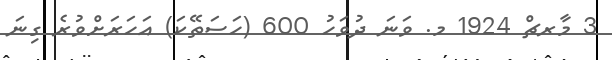
3 މާރޗް 1924 މ. ވަނަ ދުވަހު 600 (ހަސަތޭކަ) އަހަރަށްވުރެ ގިނަ